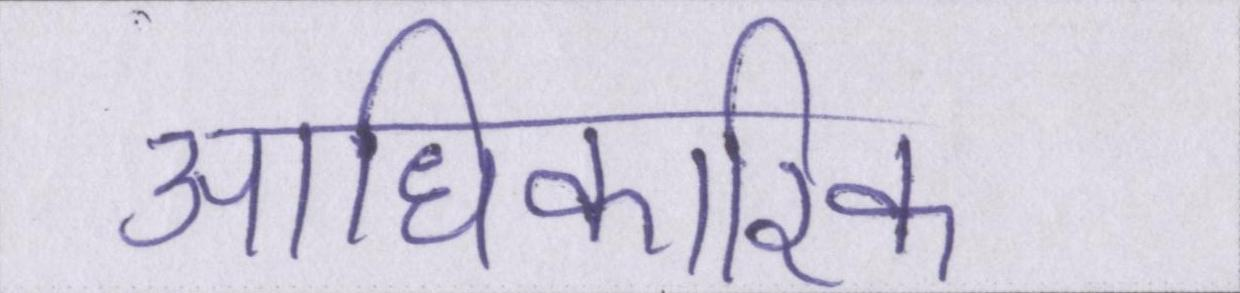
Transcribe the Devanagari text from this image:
आधिकारिक